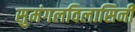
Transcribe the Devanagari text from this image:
सुमंगलविलासिनी